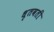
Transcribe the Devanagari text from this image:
धृतवती